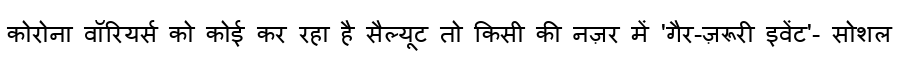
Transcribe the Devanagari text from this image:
कोरोना वॉरियर्स को कोई कर रहा है सैल्यूट तो किसी की नज़र में 'गैर-ज़रूरी इवेंट'- सोशल